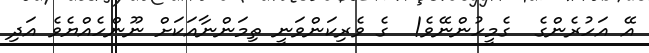
އޭ އަހުރެންގެ  ގެމީހުންނޭވެ!  ގެ ވެރިކަންވަނީ ތިމަންނާއަކަށް ނޫންހެއްޔެވެ އަދި